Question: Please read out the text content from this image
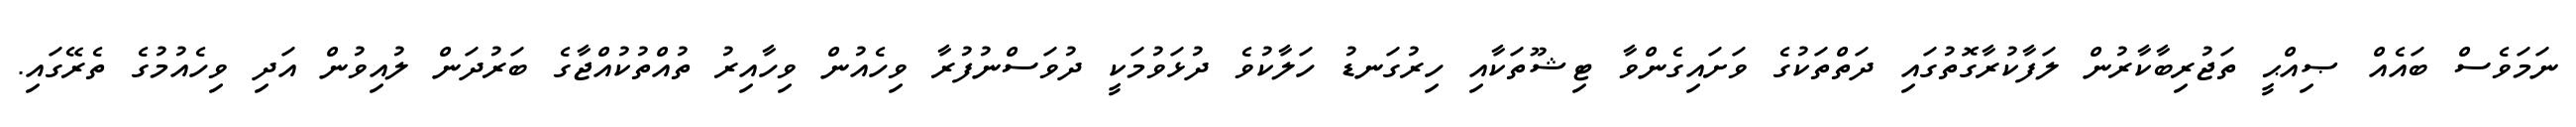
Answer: ނަމަވެސް ބައެއް ޞިއްޙީ ތަޖުރިބާކާރުން ލަފާކުރާގޮތުގައި ދަތްތަކުގެ ވަށައިގެންވާ ޓިޝޫތަކާއި ހިރުގަނޑު ހަލާކުވެ ދުޅަވުމަކީ ދުވަސްނުފުރާ ވިހެއުން ވިހާއިރު ތުއްތުކުއްޖާގެ ބަރުދަން ލުއިވުން އަދި ވިހެއުމުގެ ތެރޭގައި.